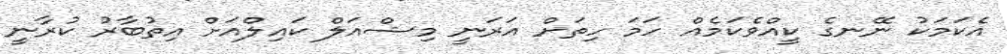
އެކަމަކު ނޭނގެ ކީއްވެކަމެއް ހަމަ ހިތަށް އަރަނީ މިޝްއަލް ކައިލްއަށް އިތުބާރު ކުރާނީ